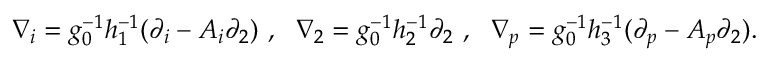
\nabla _ { i } = g _ { 0 } ^ { - 1 } h _ { 1 } ^ { - 1 } ( \partial _ { i } - A _ { i } \partial _ { 2 } ) ~ , ~ ~ \nabla _ { 2 } = g _ { 0 } ^ { - 1 } h _ { 2 } ^ { - 1 } \partial _ { 2 } ~ , ~ ~ \nabla _ { p } = g _ { 0 } ^ { - 1 } h _ { 3 } ^ { - 1 } ( \partial _ { p } - A _ { p } \partial _ { 2 } ) .